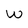
Character: w